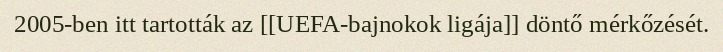
2005-ben itt tartották az [[UEFA-bajnokok ligája]] döntő mérkőzését.